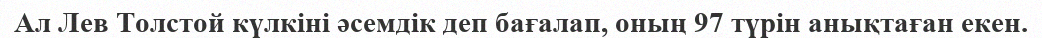
Ал Лев Толстой күлкіні әсемдік деп бағалап, оның 97 түрін анықтаған екен.